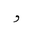
Letter: _waw